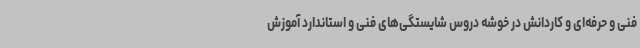
فنی و حرفه‌ای و کاردانش در خوشه دروس شایستگی‌های فنی و استاندارد آموزش